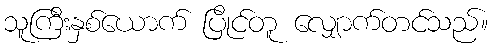
သူကြီးနှစ်ယောက် ပြိုင်တူ လျှောက်တင်သည်။